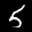
Label: 5